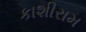
કાશીરામ